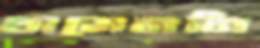
থামেননি